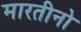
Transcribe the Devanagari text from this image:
मारतीनो